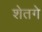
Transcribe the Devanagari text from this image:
शेतगे